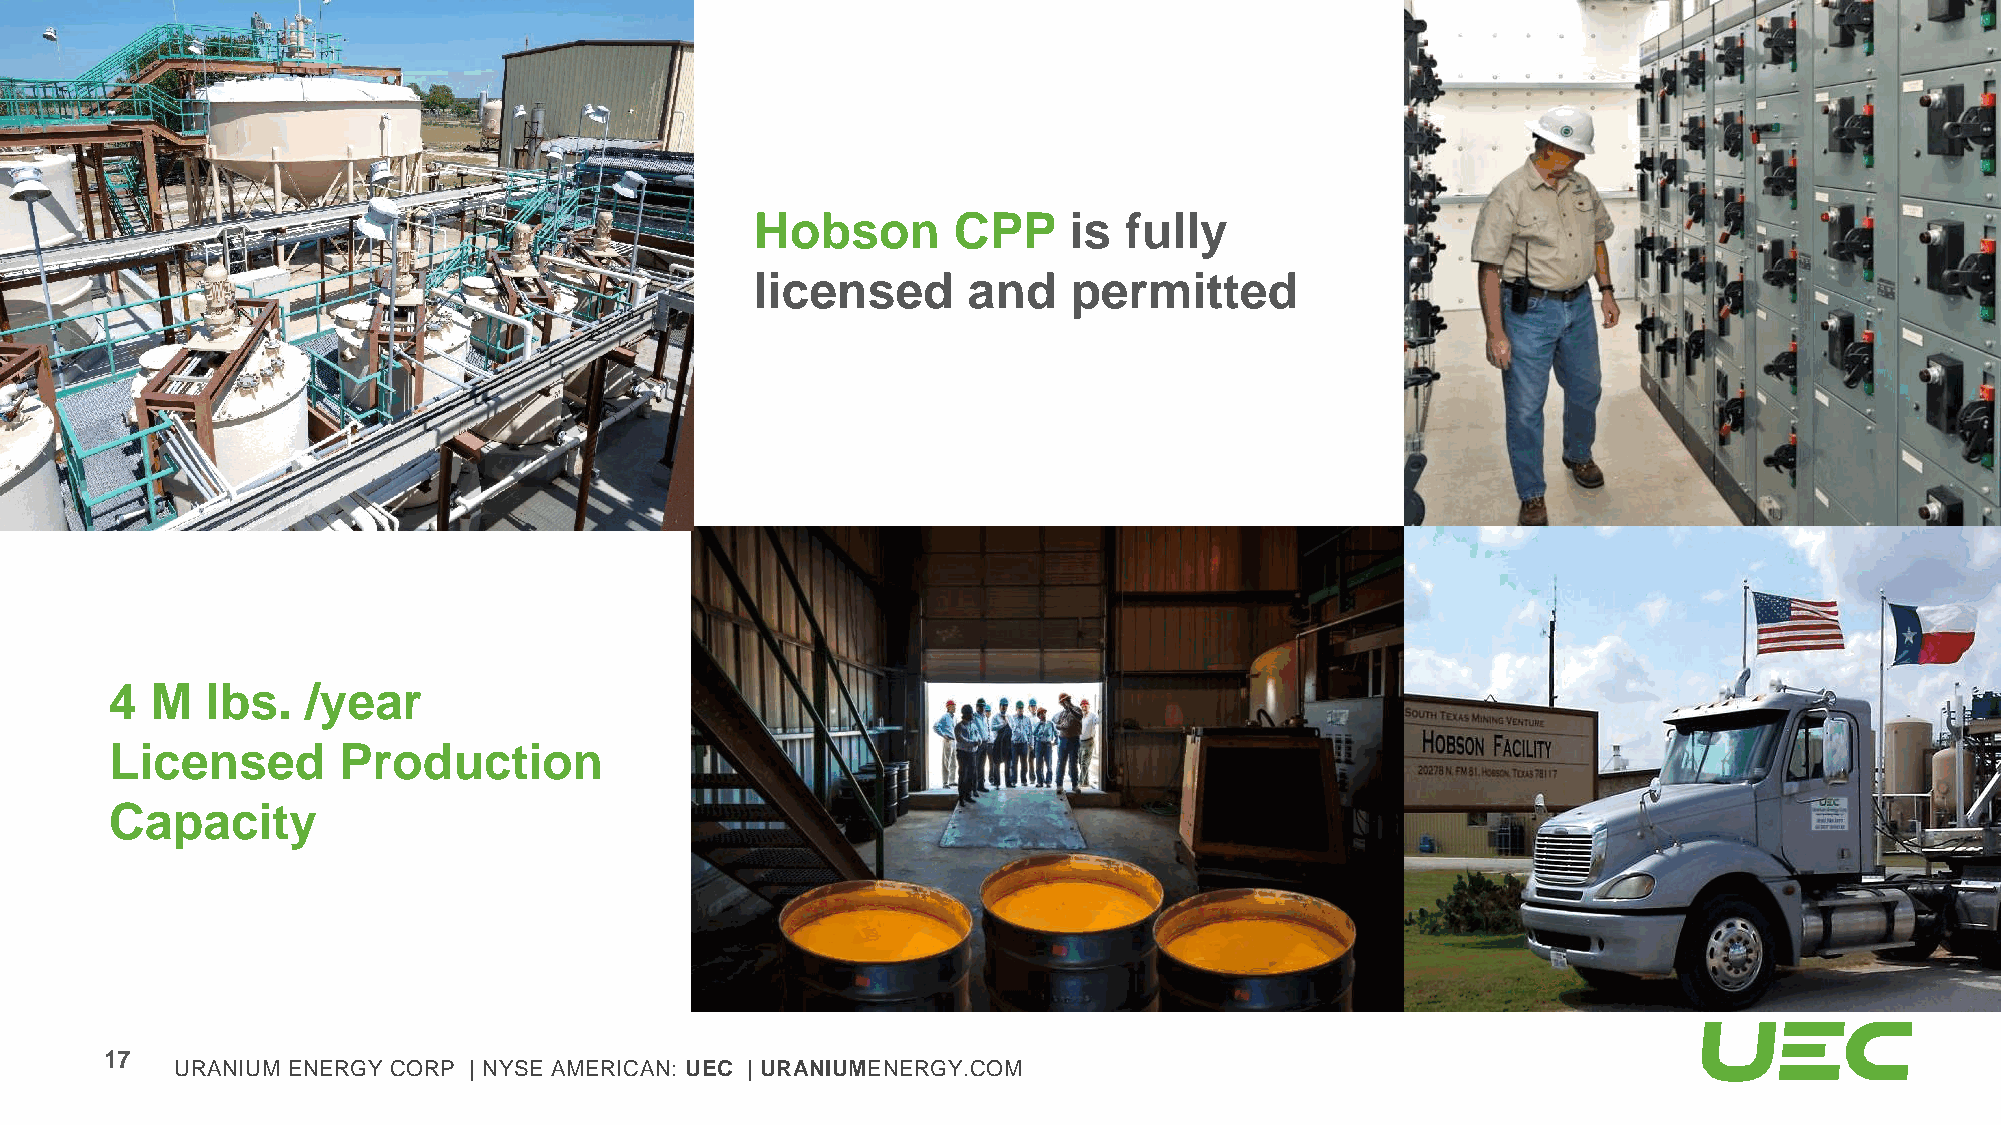
Hobson       CPP     is fully
 licensed      and    permitted
 4  M   lbs.  /year
 Licensed       Production
 Capacity
 17
 URANIUM ENERGY CORP | NYSE AMERICAN: UEC | URANIUMENERGY.COM